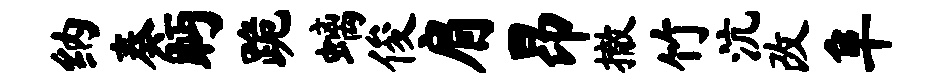
纳奏眄跪螭俊肩昂撤竹沆改阜